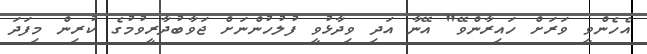
އެހެންވީ ވަރަށް ހައިރާންވޭ" އޭނާ އަދި ވިދާޅުވީ ފުލުހުންނަށް ޖަވާބުދާރީވުމުގެ ކުރިން މިފަދަ